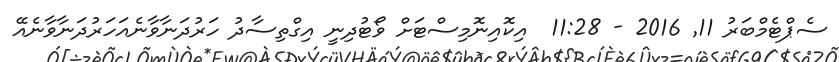
ސެޕްޓެމްބަރު 11